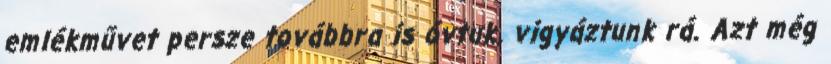
emlékművet persze továbbra is óvtuk, vigyáztunk rá. Azt még